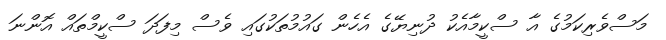
މަސްވެރިކަމުގެ އާ ސްކީމާއެކު ދުނިޔޭގެ އެހެން ގައުމުތަކުގައި ވެސް މިފަދަ ސްކީމްތައް އޮންނަ